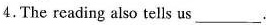
4.The reading also tells us ___.